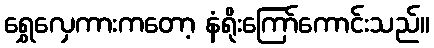
ရွှေလှေကားကတော့ နံရိုးကြော်ကောင်းသည်။